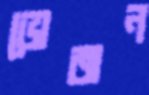
ভোজন